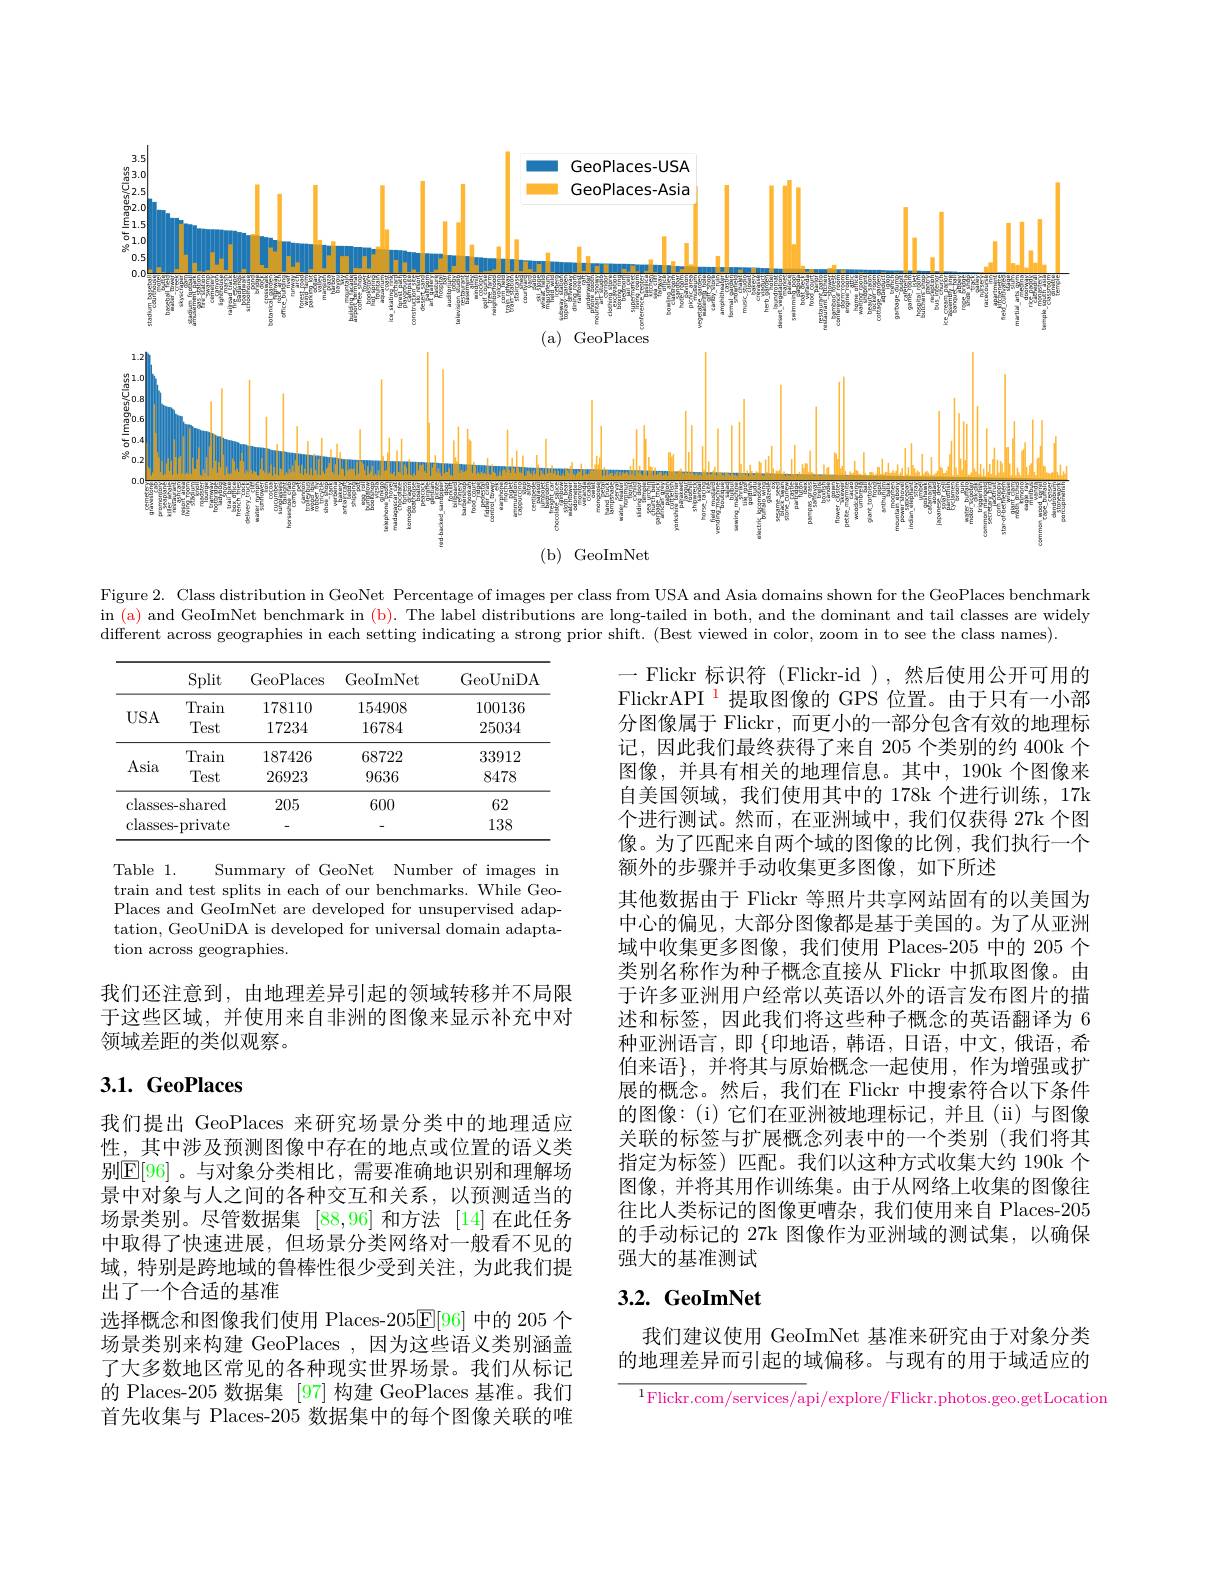
<FigureHere>

Figure 2. Class distribution in GeoNet Percentage of images per class from USA and Asia domains shown for the GeoPlaces benchmark in (a) and GeoImNet benchmark in (b). The label distributions are long-tailed in both, and the dominant and tail classes are widely different across geographies in each setting indicating a strong prior shift. (Best viewed in color, zoom in to see the class names).

<table>
	<tbody>
		<tr>
			<th> </th>
			<th>Split</th>
			<th>GeoPlaces</th>
			<th>GeoImNet</th>
			<th>GeoUniDA</th>
		</tr>
		<tr>
			<td rowspan="2">$USA$</td>
			<td>Train</td>
			<td>178110</td>
			<td>154908</td>
			<td>100136</td>
		</tr>
		<tr>
			<td>Test</td>
			<td>17234</td>
			<td>16784</td>
			<td>25034</td>
		</tr>
		<tr>
			<td rowspan="2">Asia</td>
			<td>Train</td>
			<td>187426</td>
			<td>68722</td>
			<td>33912</td>
		</tr>
		<tr>
			<td>Test</td>
			<td>26923</td>
			<td>9636</td>
			<td>8478</td>
		</tr>
		<tr>
			<td>classes</td>
			<td>s-shared</td>
			<td>205</td>
			<td>600</td>
			<td>62</td>
		</tr>
		<tr>
			<td>classes</td>
			<td>- private</td>
			<td> </td>
			<td> </td>
			<td>138</td>
		</tr>
	</tbody>
</table>

${\mathrm{Table}}$ 1.
Summary of GeoNet Number of images in
train and test splits in each of our benchmarks. While GeoPlaces and GeoImNet are developed for unsupervised adaptation, GeoUniDA is developed for universal domain adaptation across geographies.

一 Flickr 标识符 (Flickr-id ),然后使用公开可用的FlickrAPI $^{\color{red}{1}}$提取图像的 GPS 位置。由于只有一小部分图像属于 Flickr,而更小的一部分包含有效的地理标记，因此我们最终获得了来自 205 个类别的约 400k 个图像，并具有相关的地理信息。其中，190k 个图像来自美国领域，我们使用其中的 178k 个进行训练，17k 个进行测试。然而，在亚洲域中，我们仅获得 27k 个图像。为了匹配来自两个域的图像的比例，我们执行一个额外的步骤并手动收集更多图像，如下所述
其他数据由于 Flickr 等照片共享网站固有的以美国为中心的偏见，大部分图像都是基于美国的。为了从亚洲域中收集更多图像，我们使用 Places-205 中的 205 个类别名称作为种子概念直接从 Flickr 中抓取图像。由于许多亚洲用户经常以英语以外的语言发布图片的描述和标签，因此我们将这些种子概念的英语翻译为 6种亚洲语言，即 $\{$印地语，韩语，日语，中文，俄语，希伯来语$\}$, 并将其与原始概念一起使用，作为增强或扩展的概念。然后，我们在 Flickr 中搜索符合以下条件的图像：(i)它们在亚洲被地理标记，并且(ii)与图像关联的标签与扩展概念列表中的一个类别 (我们将其指定为标签) 匹配。我们以这种方式收集大约 190k 个图像，并将其用作训练集。由于从网络上收集的图像往往比人类标记的图像更嘈杂，我们使用来自 Places-205的手动标记的 27k 图像作为亚洲域的测试集，以确保强大的基准测试

我们还注意到，由地理差异引起的领域转移并不局限于这些区域，并使用来自非洲的图像来显示补充中对领域差距的类似观察。

# $3. 1. \textbf{GeoPlaces}$

我们提出 GeoPlaces 来研究场景分类中的地理适应性，其中涉及预测图像中存在的地点或位置的语义类别$\mathbb{E}[96]$。与对象分类相比，需要准确地识别和理解场景中对象与人之间的各种交互和关系，以预测适当的场景类别。尽管数据集[88,96]和方法 [14]在此任务中取得了快速进展，但场景分类网络对一般看不见的域，特别是跨地域的鲁棒性很少受到关注，为此我们提出了一个合适的基准
选择概念和图像我们使用 Places-205$\underline{\mathrm{E}}[96]$中的 205 个场景类别来构建 GeoPlaces ,因为这些语义类别涵盖了大多数地区常见的各种现实世界场景。我们从标记的 Places-205 数据集 [97] 构建 GeoPlaces 基准。我们首先收集与 Places-205 数据集中的每个图像关联的唯

# $3. 2. \textbf{ GeoImNet}$

我们建议使用 GeoImNet 基准来研究由于对象分类的地理差异而引起的域偏移。与现有的用于域适应的

$^1$Flickr.com/services/api/explore/Flickr.photos.geo.getLocation